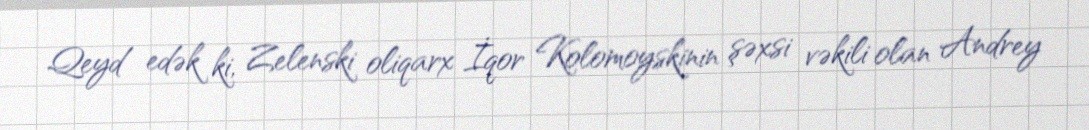
Qeyd edək ki, Zelenski oliqarx İqor Kolomoyskinin şəxsi vəkili olan Andrey